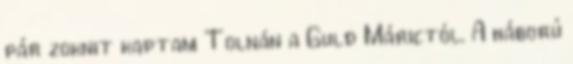
pár zoknit kaptam Tolnán a Guld Márictól. A háború